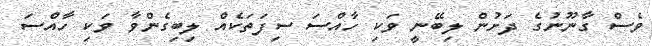
ވެސް ގާނޫނުގެ ދަށުން ލިބޭނީ ވަކި ހާއްސަ ސިފަތަކެއް ލިބިގެންވާ ވަކި ހާއްސަ